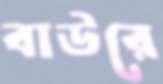
বাউরে